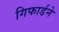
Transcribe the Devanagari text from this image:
गिफार्डने